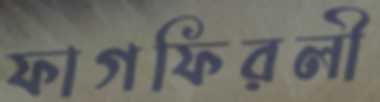
ফাগফিরলী